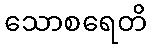
သောစရေတိ